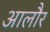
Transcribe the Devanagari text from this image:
आलौर